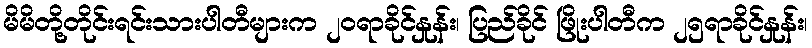
မိမိတို့တိုင်းရင်းသားပါတီများက ၂၀ရာခိုင်နှုန်း၊ ပြည်ခိုင် ဖြိုးပါတီက ၂၅ရာခိုင်နှုန်း၊